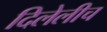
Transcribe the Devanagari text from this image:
दिलेलीच